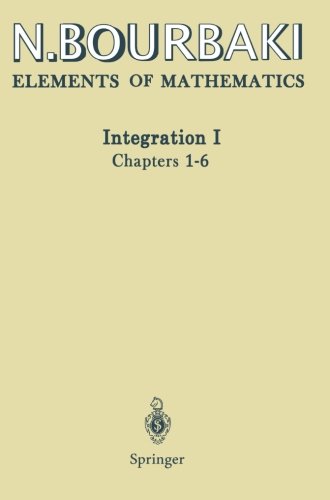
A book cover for Integration I: Chapters 1-6; N. Bourbaki; Science & Math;